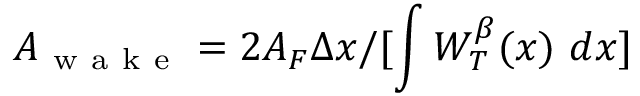
A _ { \mathrm { ~ w ~ a ~ k ~ e ~ } } = 2 A _ { F } \Delta x / [ \int W _ { T } ^ { \beta } ( x ) \ d x ]